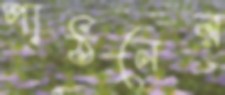
পাঠনের